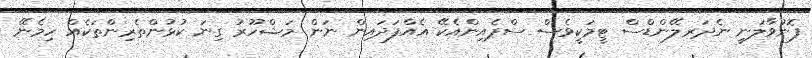
ފޮނުވާލަނީ ނެދަރލޭންޑްސް ޓީމަކީވެސް ސްޕެއިންއެކޭ އެއްފަދައިން ނަން މަޝްހޫރު ގިނަ ކުޅުންތެރިންތަކެއް ހިމެނޭ